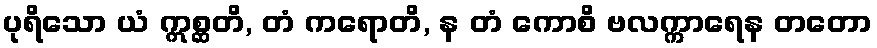
ပုရိသော ယံ ဣစ္ဆတိ, တံ ကရောတိ, န တံ ကောစိ ဗလက္ကာရေန တတော